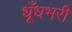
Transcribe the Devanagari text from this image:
धूँधभरी